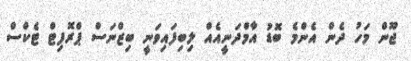
ޖޫން މަހު ދެން އެންމެ ބޮޑު އާމްދަނީއެއް ލިބިފައިވަނީ ބިޒްނަސް ޕްރޮފިޓް ޓެކްސް